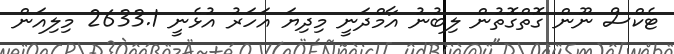
ޓެކްސް ނޫން ގޮތްގޮތުން ލިބުނު އާމްދަނީ މިދިޔަ އަހަރު އުޅެނީ 2633.1 މިލިއަން